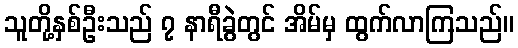
သူတို့နှစ်ဦးသည် ၇ နာရီခွဲတွင် အိမ်မှ ထွက်လာကြသည်။